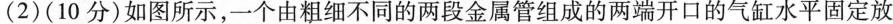
(2)(10分)如图所示，一个由粗细不同的两段金属管组成的两端开口的气缸水平固定放